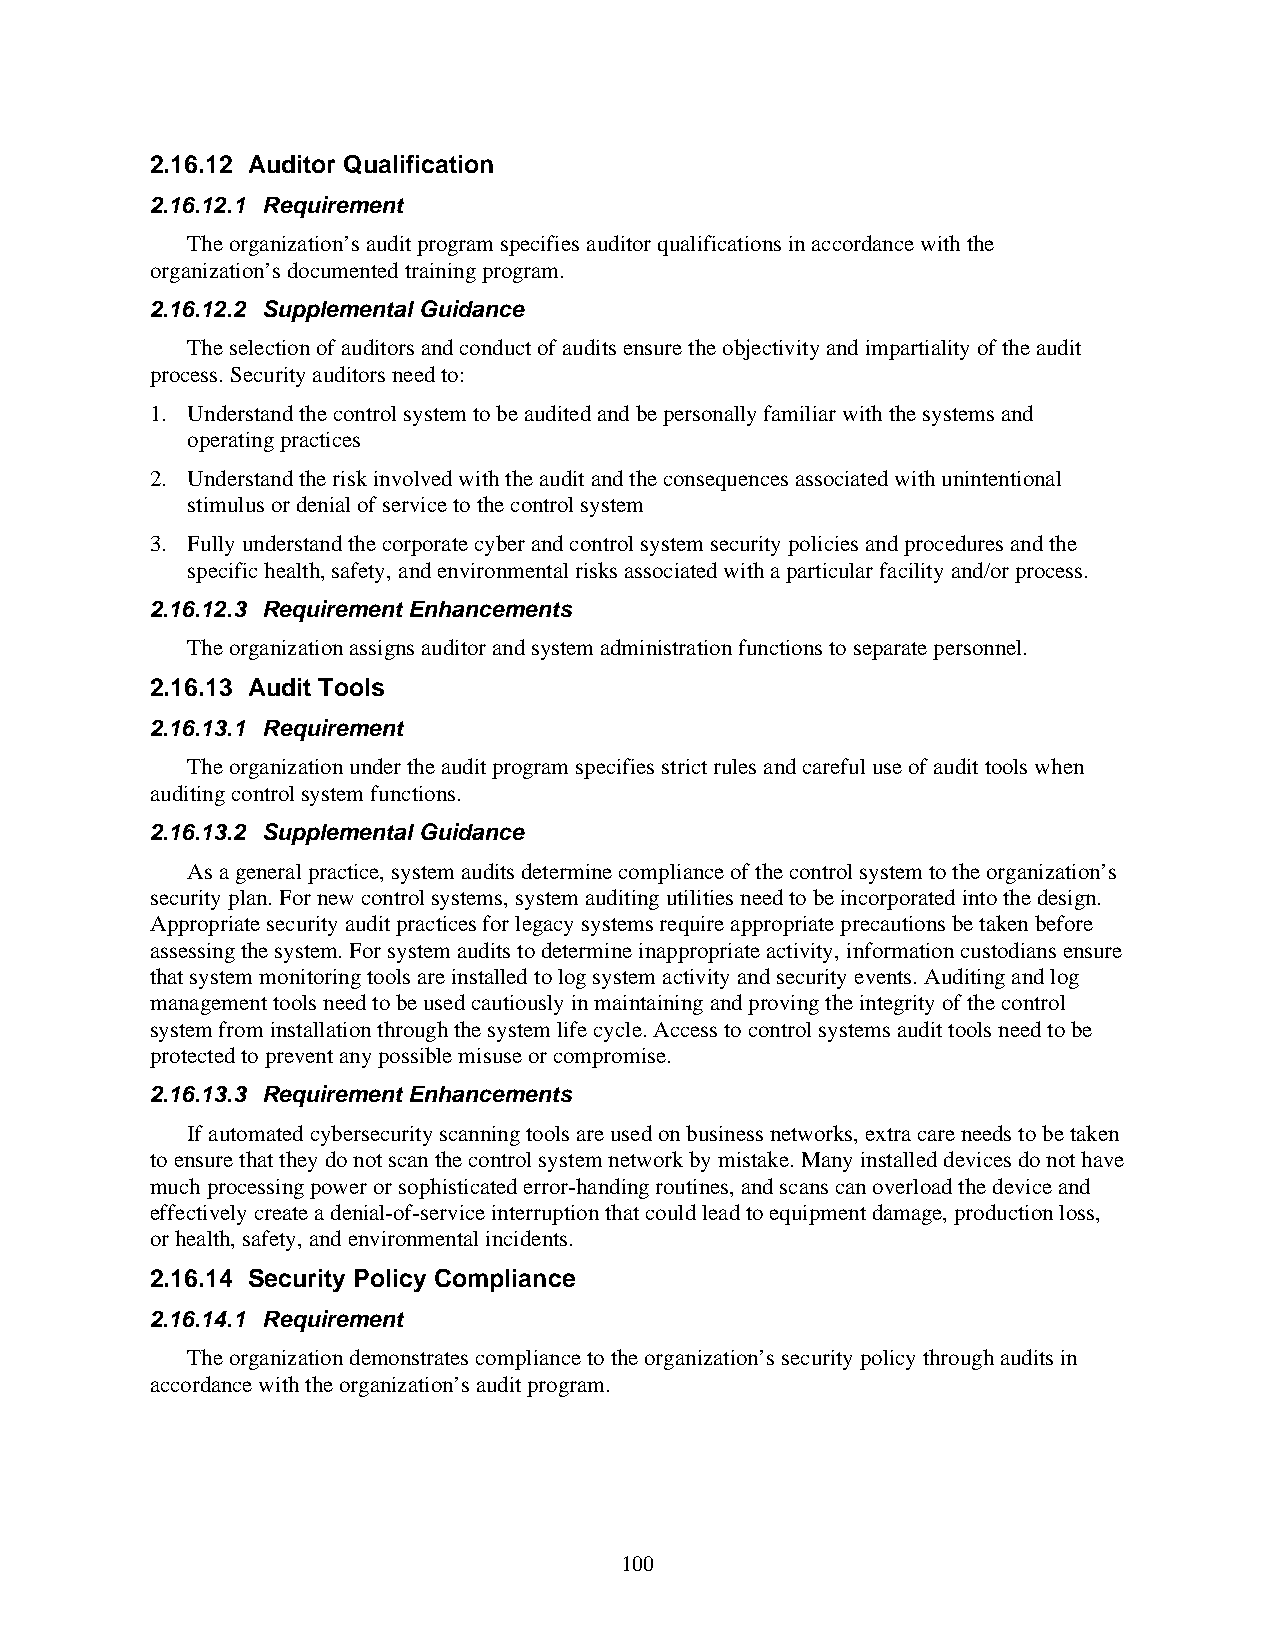
2.16.12 Auditor Qualification
 2.16.12.1 Requirement
 The organization’s audit program specifies auditor qualifications in accordance with the
 organization’s documented training program.
 2.16.12.2 Supplemental Guidance
 The selection of auditors and conduct of audits ensure the objectivity and impartiality of the audit
 process. Security auditors need to:
 1. Understand the control system to be audited and be personally familiar with the systems and
 operating practices
 2. Understand the risk involved with the audit and the consequences associated with unintentional
 stimulus or denial of service to the control system
 3. Fully understand the corporate cyber and control system security policies and procedures and the
 specific health, safety, and environmental risks associated with a particular facility and/or process.
 2.16.12.3 Requirement Enhancements
 The organization assigns auditor and system administration functions to separate personnel.
 2.16.13 Audit Tools
 2.16.13.1 Requirement
 The organization under the audit program specifies strict rules and careful use of audit tools when
 auditing control system functions.
 2.16.13.2 Supplemental Guidance
 As a general practice, system audits determine compliance of the control system to the organization’s
 security plan. For new control systems, system auditing utilities need to be incorporated into the design.
 Appropriate security audit practices for legacy systems require appropriate precautions be taken before
 assessing the system. For system audits to determine inappropriate activity, information custodians ensure
 that system monitoring tools are installed to log system activity and security events. Auditing and log
 management tools need to be used cautiously in maintaining and proving the integrity of the control
 system from installation through the system life cycle. Access to control systems audit tools need to be
 protected to prevent any possible misuse or compromise.
 2.16.13.3 Requirement Enhancements
 If automated cybersecurity scanning tools are used on business networks, extra care needs to be taken
 to ensure that they do not scan the control system network by mistake. Many installed devices do not have
 much processing power or sophisticated error-handing routines, and scans can overload the device and
 effectively create a denial-of-service interruption that could lead to equipment damage, production loss,
 or health, safety, and environmental incidents.
 2.16.14 Security Policy Compliance
 2.16.14.1 Requirement
 The organization demonstrates compliance to the organization’s security policy through audits in
 accordance with the organization’s audit program.
 100